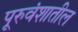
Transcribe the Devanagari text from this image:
पूरुवंशातील